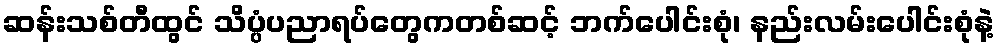
ဆန်းသစ်တီထွင် သိပ္ပံပညာရပ်တွေကတစ်ဆင့် ဘက်ပေါင်းစုံ၊ နည်းလမ်းပေါင်းစုံနဲ့